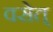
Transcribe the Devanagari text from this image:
वसेत्